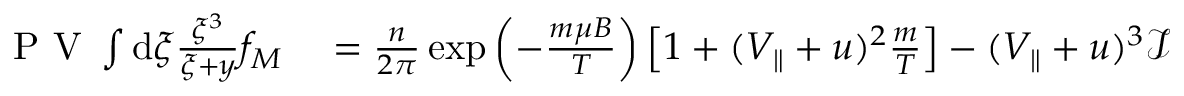
\begin{array} { r l } { \mathrm { ~ P ~ V ~ } \int \mathrm { d } \xi \frac { \xi ^ { 3 } } { \xi + y } f _ { M } } & { { } = \frac { n } { 2 \pi } \exp \left( - \frac { m \mu B } { T } \right) \left[ 1 + ( V _ { \parallel } + u ) ^ { 2 } \frac { m } { T } \right] - ( V _ { \parallel } + u ) ^ { 3 } \mathcal { I } } \end{array}